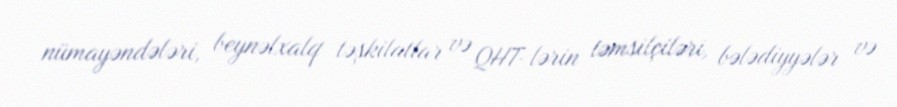
nümayəndələri, beynəlxalq təşkilatlar və QHT-lərin təmsilçiləri, bələdiyyələr və